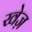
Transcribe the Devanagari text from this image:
खेज़